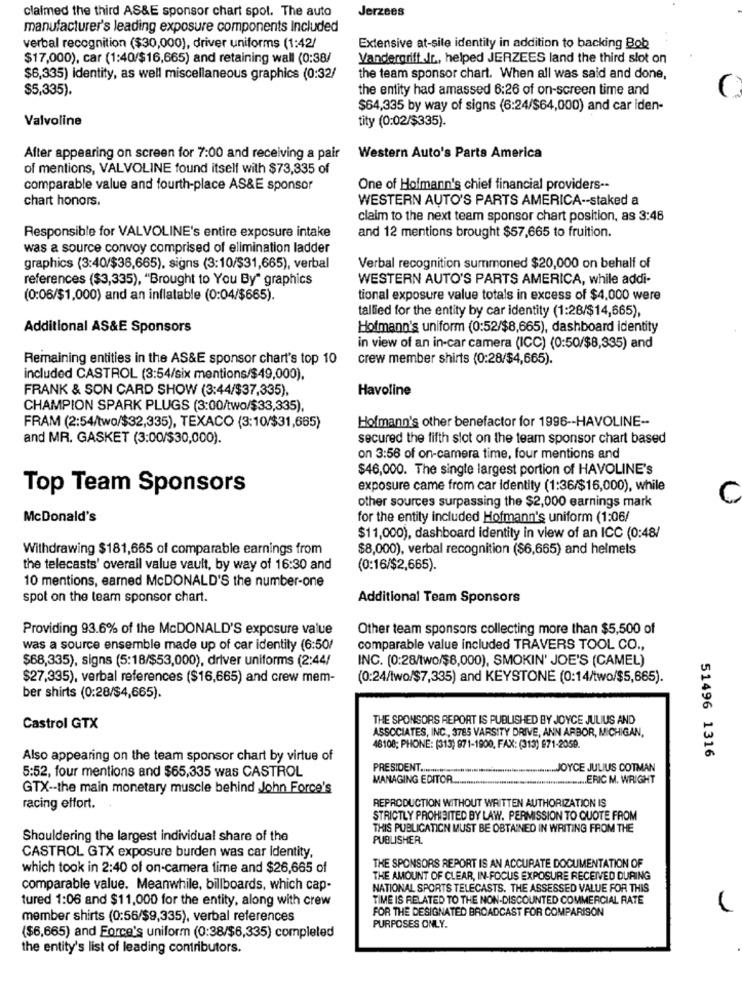
Jerzees
claimed the third AS&E sponsor chart spol. The auto
manufacturer's leading exposure components Included
verbal recognition ($30,000), driver uniforms (1:42/
Extensive at-sile identity in addition to backing Bob
$17,000), car (1:40/$16,665) and retaining wall (0:38/
Vandergriff It, helped JERZEES land the third slot on
$6,335) identity, as well miscellaneous graphics (0:32/
the team sponsor chart. When all was said and done,
$5,335).
the entity had amassed 6:26 of on-screen time and
$64,335 by way of signs (6:24/$64,000) and car iden-
Valvoline
tity (0:02/$335).
After appearing on screen for 7:00 and receiving a pair
Western Auto's Parts America
of mentions, VALVOLINE found itself with $73,335 of
comparable value and fourth-place AS&E sponsor
One of Hofmann's chief financial providers --
chart honors.
WESTERN AUTO'S PARTS AMERICA -- staked a
claim to the next team sponsor chart position, as 3:46
and 12 mentions brought $57,665 to fruition.
Responsible for VALVOLINE's entire exposure intake
was a source convoy comprised of elimination ladder
graphics (3:40/$36,665), signs (3:10/$31,665), verbal
Verbal recognition summoned $20,000 on behalf of
references ($3,335), "Brought to You By" graphics
WESTERN AUTO'S PARTS AMERICA, while addi-
(0:06/$1,000) and an inflatable (0:04/$665).
tional exposure value totals in excess of $4,000 were
tallied for the entity by car identity (1:28/$14,665),
Additional AS&E Sponsors
Hofmann's uniform (0:52/$8,665), dashboard identity
in view of an in-car camera (ICC) (0:50/$8,335) and
Remaining entities in the AS&E sponsor chart's top 10
crew member shirts (0:28/$4,665).
included CASTROL (3:54/six mentions/$49,000),
FRANK & SON CARD SHOW (3:44/$37,335),
Havoline
CHAMPION SPARK PLUGS (3:00/two/$33,335),
Hofmann's other benefactor for 1996 -- HAVOLINE --
FRAM (2:54/two/$32,335), TEXACO (3:10/$31,665)
and MR. GASKET (3:00/$30,000).
secured the fifth slot on the team sponsor chart based
on 3:56 of on-camera time, four mentions and
$46,000. The single largest portion of HAVOLINE's
Top Team Sponsors
exposure came from car Identity (1:36/$16,000), while
other sources surpassing the $2,000 earnings mark
McDonald's
for the entity included Hofmann's uniform (1:06/
$11,000), dashboard identity in view of an ICC (0:48/
Withdrawing $181,665 of comparable earnings from
$8,000), verbal recognition ($6,665) and helmets
the telecasts' overall value vault, by way of 16:30 and
(0:16/$2,665).
10 mentions, earned McDONALD'S the number-one
spot on the team sponsor chart.
Additional Team Sponsors
Providing 93.6% of the McDONALD'S exposure value
Other team sponsors collecting more than $5,500 of
was a source ensemble made up of car identity (6:50/
comparable value included TRAVERS TOOL CO .,
$68,335), signs (5:18/$53,000), driver uniforms (2:44/
INC. (0:28/two/$8,000), SMOKIN' JOE'S (CAMEL)
$27,335), verbal references ($16,665) and crew mem-
(0:24/two/$7,335) and KEYSTONE (0:14/two/$5,665).
ber shirts (0:28/$4,665).
THE SPONSORS REPORT IS PUBLISHED BY JOYCE JULIUS AND
Castrol GTX
ASSOCIATES, INC ., 3785 VARSITY DRIVE, ANN ARBOR, MICHIGAN,
48108; PHONE: (313) 971-1900, FAX: (313) 971-2059.
Also appearing on the team sponsor chart by virtue of
51496 1316
5:52, four mentions and $65,335 was CASTROL
PRESIDENT ............
JOYCE JULIUS COTMAN
MANAGING EDITOR
.ERIC M. WRIGHT
GTX -- the main monetary muscle behind John Force's
REPRODUCTION WITHOUT WRITTEN AUTHORIZATION IS
racing effort.
STRICTLY PROHIBITED BY LAW. PERMISSION TO QUOTE FROM
THIS PUBLICATION MUST BE OBTAINED IN WRITING FROM THE
Shouldering the largest individual share of the
PUBLISHER.
CASTROL GTX exposure burden was car Identity,
which took in 2:40 of on-camera time and $26,665 of
THE SPONSORS REPORT IS AN ACCURATE DOCUMENTATION OF
THE AMOUNT OF CLEAR, IN-FOCUS EXPOSURE RECEIVED DURING
comparable value. Meanwhile, billboards, which cap-
NATIONAL SPORTS TELECASTS. THE ASSESSED VALUE FOR THIS
tured 1:06 and $11,000 for the entity, along with crew
TIME IS RELATED TO THE NON-DISCOUNTED COMMERCIAL RATE
FOR THE DESIGNATED BROADCAST FOR COMPARISON
member shirts (0:56/$9,335), verbal references
PURPOSES ONLY.
($6,665) and Force's uniform (0:38/$6,335) completed
the entity's list of leading contributors.